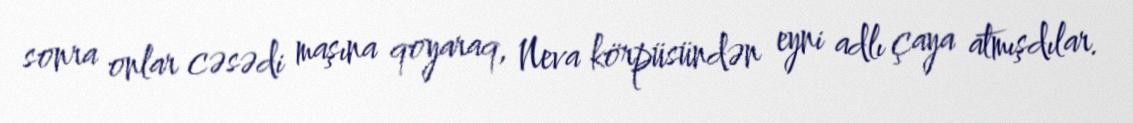
sonra onlar cəsədi maşına qoyaraq, Neva körpüsündən eyni adlı çaya atmışdılar.